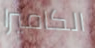
الكاميرا